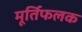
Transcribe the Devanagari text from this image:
मूर्तिफलक